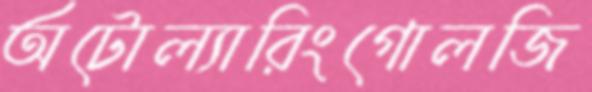
অটোল্যারিংগোলজি